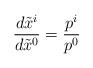
LaTeX: \begin{align*}\frac{d\tilde{x}^i}{d\tilde{x}^0}=\frac{p^i}{p^0}\end{align*}